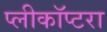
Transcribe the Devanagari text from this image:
प्लीकॉप्टरा